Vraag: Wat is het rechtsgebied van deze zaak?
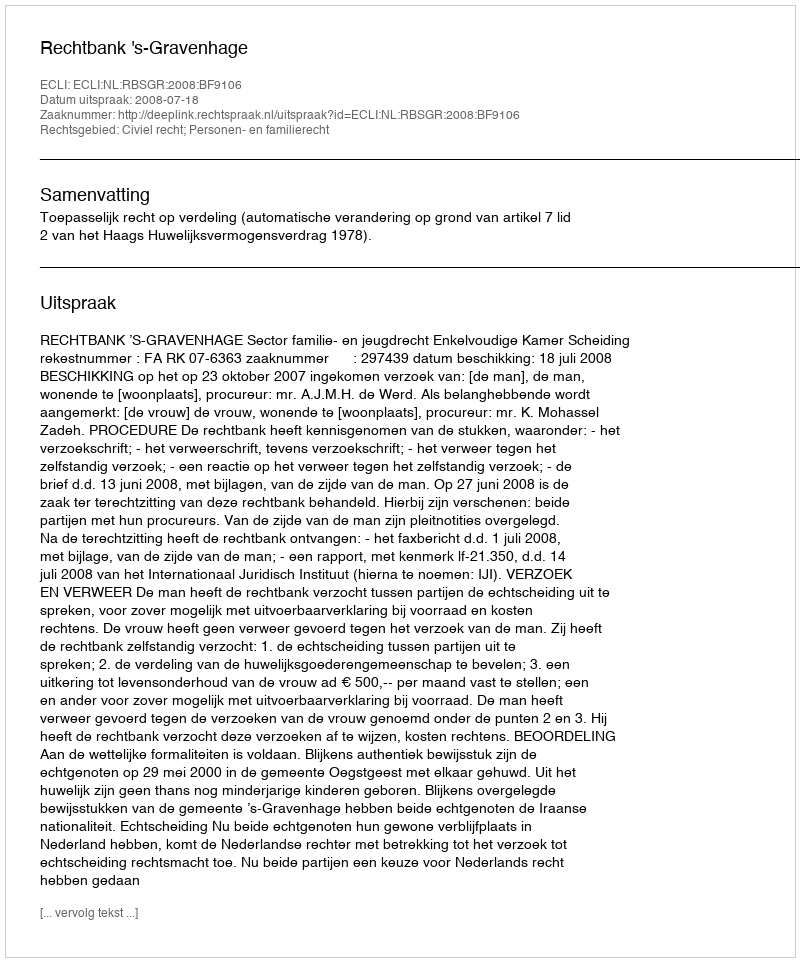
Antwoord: Civiel recht; Personen- en familierecht